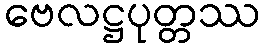
ဗေလဋ္ဌပုတ္တဿ